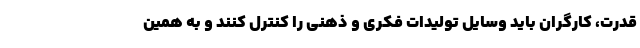
قدرت، كارگران باید وسایل تولیدات فكری و ذهنی را كنترل كنند و به همین